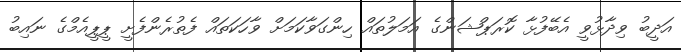
އަދީބު ވިދާޅުވީ އެބޭފުޅާ ކޮރަޕްޝަންގެ އަމަލުތައް ހިންގަވާކަމަށް ވާހަކަތައް ފެތުރެންފެށީ ޕީޕީއެމްގެ ނައިބު